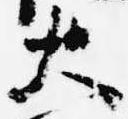
大